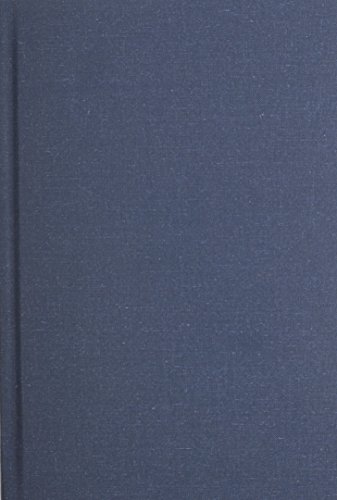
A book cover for Trials On Trial; Gordon Tullock; Law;